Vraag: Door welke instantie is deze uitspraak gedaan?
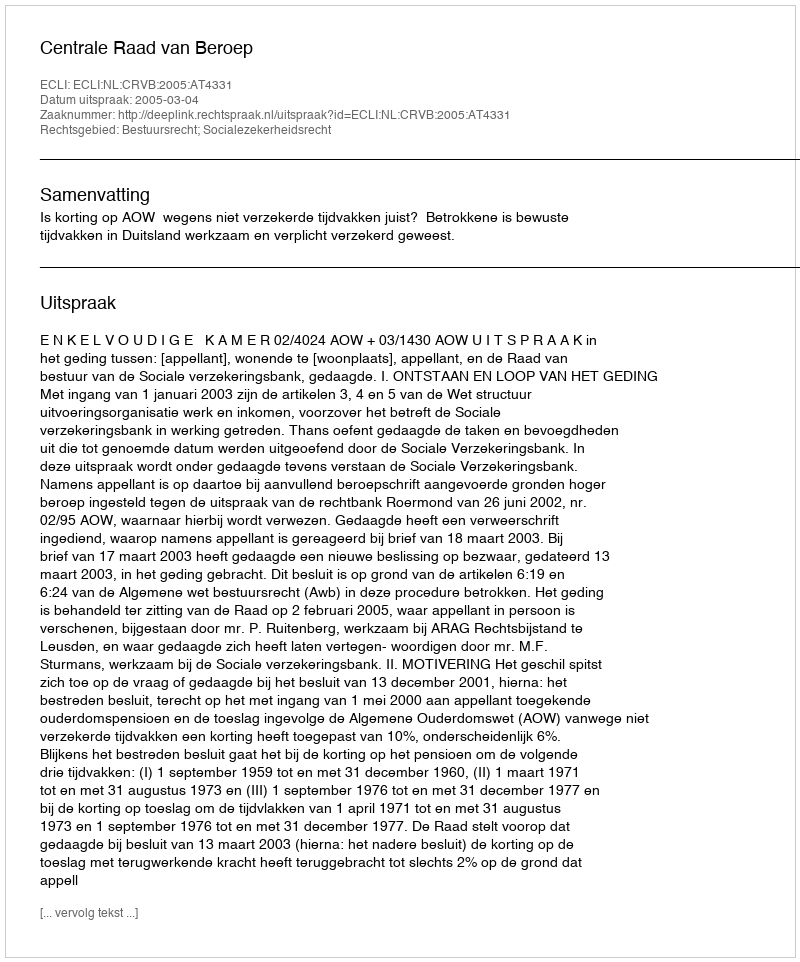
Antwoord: Centrale Raad van Beroep